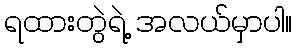
ရထားတွဲရဲ့ အလယ်မှာပါ။